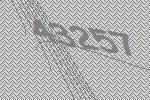
43257